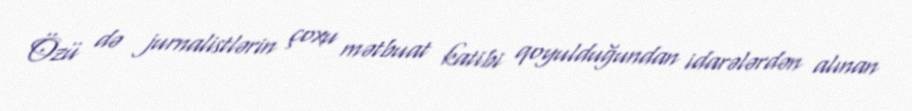
Özü də jurnalistlərin çoxu mətbuat katibi qoyulduğundan idarələrdən alınan